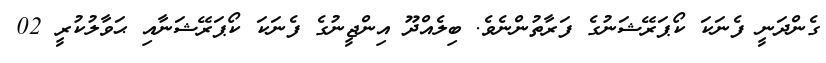
ގެންދަނީ ފެނަކަ ކޯޕަރޭޝަނުގެ ފަރާތުންނެވެ. ބިލެއްދޫ އިންޖީނުގެ ފެނަކަ ކޯޕަރޭޝަނާއި ޙަވާލުކުރީ 02